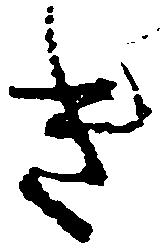
き